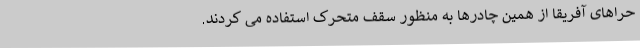
حراهای آفریقا از همین چادرها به منظور سقف متحرک استفاده می کردند.